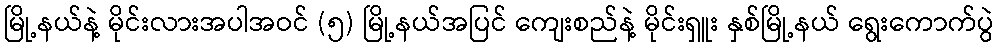
မြို့နယ်နဲ့ မိုင်းလားအပါအဝင် (၅) မြို့နယ်အပြင် ကျေးစည်နဲ့ မိုင်းရှူး နှစ်မြို့နယ် ရွေးကောက်ပွဲ